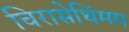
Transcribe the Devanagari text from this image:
चिरासेथिंमम